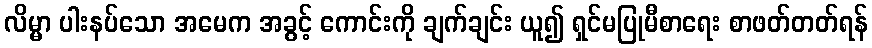
လိမ္မာ ပါးနပ်သော အမေက အခွင့် ကောင်းကို ချက်ချင်း ယူ၍ ရှင်မပြုမီစာရေး စာဖတ်တတ်ရန်